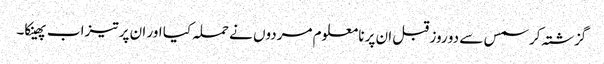
گزشتہ کرسمس سے دو روز قبل ان پر نا معلوم مردوں نے حملہ کیا اور ان پر تیزاب پھینکا۔